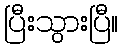
ပြီးသွားပြီ။